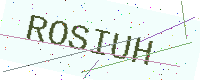
Text: ROSIUH